Training of Teachers. Junior Students, 1909
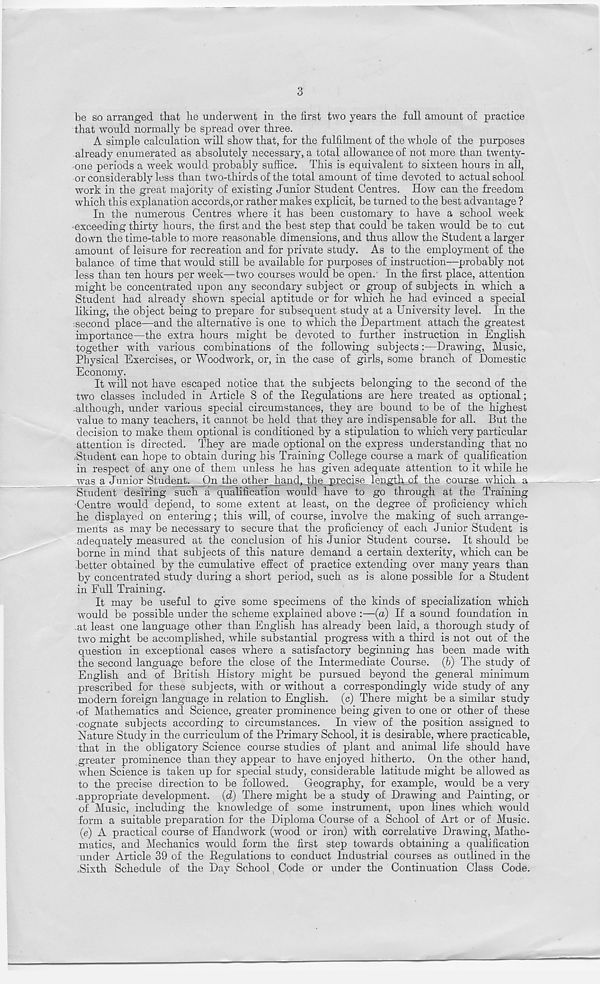
3
be so arranged that lie underwent in the first two years the full amount of practice
that would normally be spread over three.
A simple calculation will show that, for the fulfilment of the whole of the purposes
already enumerated as absolutely necessary, a total allowance of not more than twenty-
one periods a week would probably suffice. This is equivalent to sixteen hours in all,
or considerably less than two-thirds of the total amount of time devoted to actual school
work in the great majority of existing Junior Student Centres. How can the freedom
which this explanation accords,or rather makes explicit, be turned to the best advantage ?
In the numerous Centres where it has been customary to have a school week
exceeding thirty hours, the first and the best step that could be taken would be to cut
down the time-table to more reasonable dimensions, and thus allow the Student a larger
amount of leisure for recreation and for private study. As to the employment of the
balance of time that would still be available for purposes of instruction—probably not
less than ten hours per week—two courses would be open. In the first place, attention
might be concentrated upon any secondary subject or group of subjects in which a
Student had already shown special aptitude or for which he had evinced a special
liking, the object being to prepare for subsequent study at a University level. In the
necond place—and the alternative is one to which the Department attach the greatest
importance—the extra hours might be devoted to further instruction in English
together with various combinations of the following subjects:—Drawing, Music,
Physical Exercises, or Woodwork, or, in the case of girls, some branch of Domestic
Economy.
It will not have escaped notice that the subjects belonging to the second of the
two classes included in Article 8 of the Regulations are here treated as optional;
.although, under various special circumstances, they are bound to be of the highest
value to many teachers, it cannot be held that they are indispensable for all. But the
decision to make them optional is conditioned by a stipulation to which very particular
attention is directed. They are made optional on the express understanding that no
.Student can hope to obtain during his Training College course a mark of qualification
in respect of any one of them unless he has given adequate attention to it while he
was a Junior Student. On the other hand, the precise length of the course which a
Student desiring such a qualification would have to go through at the Training
Centre would depend, to some extent at least, on the degree of proficiency which
he displayed on entering; this will, of course, involve the making of such arrange-
ments as may be necessary to secure that the proficiency of each Junior Student is
adequately measured at the conclusion of his Junior Student course. It should be
borne in mind that subjects of this nature demand a certain dexterity, which can be
better obtained by the cumulative effect of practice extending over many years than
by concentrated study during a short period, such as is alone possible for a Student
in Full Training.
It may be useful to give some specimens of the kinds of specialization which
would be possible under the scheme explained above :—(a) If a sound foundation in
.at least one language other than English has already been laid, a thorough study of
two might be accomplished, while substantial progress with a third is not out of the
question in exceptional cases where a satisfactory beginning has been made with
the second language before the close of the Intermediate Course, (b) The study of
English and of British History might be pursued beyond the general minimum
prescribed for these subjects, with or without a correspondingly wide study of any
modern foreign language in relation to English, (c) There might be a similar study
of Mathematics and Science, greater prominence being given to one or other of these
cognate subjects according to circumstances. In view of the position assigned to
Nature Study in the curriculum of the Primary School, it is desirable, where practicable,
that in the obligatory Science course studies of plant and animal life should have
greater prominence than they appear to have enjoyed hitherto. On the other hand,
when Science is taken up for special study, considerable latitude might be allowed as
to the precise direction to be followed. Geography, for example, would be a very
.appropriate development, (d) There might be a study of Drawing and Painting, or
of Music, including the knowledge of some instrument, upon lines which would
form a suitable preparation for the Diploma Course of a School of Art or of Music,
(e) A practical course of Handwork (wood or iron) with correlative Drawing, Mathe-
matics, and Mechanics would form the first step towards obtaining a qualification
under Article 39 of the Regulations to conduct Industrial courses as outlined in the
.Sixth Schedule of the Day School Code or under the Continuation Class Code.